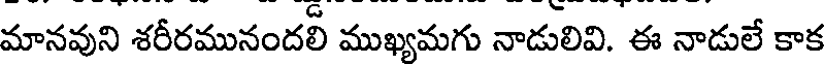
మానవుని శరీరమునందలి ముఖ్యమగు నాడులివి. ఈ నాడులే కాక